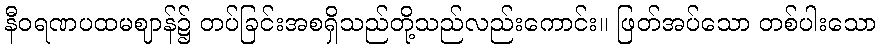
နီဝရဏပထမဈာန်၌ တပ်ခြင်းအစရှိသည်တို့သည်လည်းကောင်း။ ဖြတ်အပ်သော တစ်ပါးသော